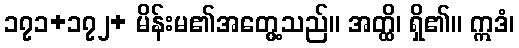
၁၇၁+၁၇၂+ မိန်းမ၏အတွေ့သည်။ အတ္ထိ၊ ရှိ၏။ ဣဒံ၊